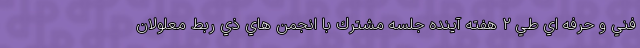
فني و حرفه اي طي ۲ هفته آينده جلسه مشترك با انجمن هاي ذي ربط معلولان